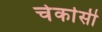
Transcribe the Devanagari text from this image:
चेर्कासी